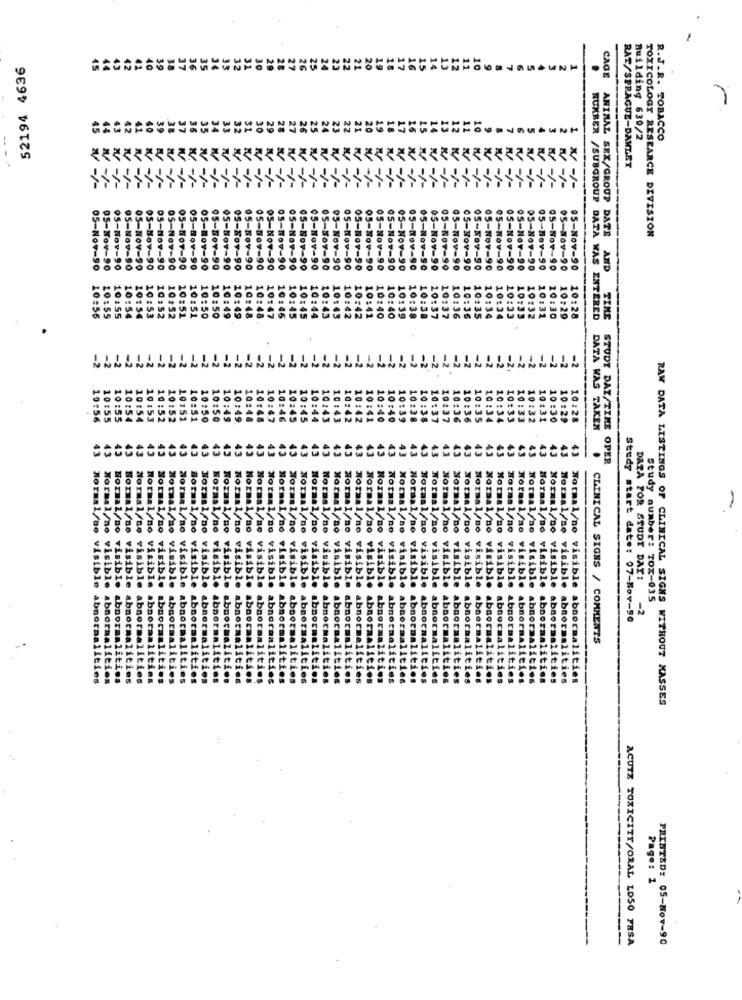
52194 4636
UNH
CAGE
Building 630/2
R.J.R. TOBACCO
RAT/SPRAGUE-DANLET
05-
05-NOV
05-KO
05-50
05-NO
ANIMAL SEX/GROUP DATE
TOXICOLOGY RESEARCH DIVISION
OS-NOT
05-Nov-90
05-Nov-90
05-Nov-90
05-Nov-90
05-Nov-90
05-Nov-90
05-Nov-90
05-Nov-90
05-Nov-90
05-Nov-90
AND
10:
:37
10:36
10:36
10:35
05-Nov-90 10:34
10:34
10:33
10:33
10:32
10:31
10:30
10:28
NUMBER /SUBGROUP DATA WAS ENTERED
TIME
-2
-2
-2
-2
-2
-2
-2.
-2
-2
-2
-2 -
20:54
10:54
10:53
0 :52
10:51
10:51
0:50
10:50
10:49
10:48
10:48
10:47
10:46
10:45
10:44
10:43
10:43
10:41
10:40
10:39
10:38
10:37
10:36
10:33
10:31
10:30
10:29
10:28
10:52
10:49
10:45
10:42
10:42
10:40
10:38
10:37
10:36
10:35
10:34
10:34
10:33
10:32
DATA WAS TAKEN
43
13
43
43
43
43
43
43
43
43
43
43
43
43
43
43
43
43
43
43
43
43
43
43
43
43
43
43
43
43
43
43
43
43
43
43
43
43
43
43
STUDY DAY/TIME OPER
Normal/no
Normal/no
Normal/no
Normal/no
Normal/no
Normal/no
Normal//no
Normal/no
Normal/no
Normal/no
Normal/no
Normal/no
Normal/no
Normal/no
Normal/no
Normal/no
Normal/no
Noras1/no
Normal no
Normal/no
Normal/no
Normal/no
Normal/no
Normal/no
Normal/no
Normal/no
Normal /no
Normal/no
Normal//no
Normal/no
V
Normal/no
Normal/no
Normal/no vi
Normal/no vi
riste
Normal/no visib
FisİŞ
visibl
Normal/no visibl
visible
visible
DATA FOR STUDY DAY!
Normal/no visible
Normal/no visible
Normal/no visible
visible
Normal/no visible
abn
abn
-2
Study number: TOX-035
abno
abno
abne
abno
abne
abno
abno
abno
abno
abno
abne
abno
abno
Study start date: 07-Nov-90
ible abnor
abnor
Normal/no visible abnor
abnor
abnor
abnorma
abnorma
isible abnorma
CLINICAL SIGNS / COMMENTS
abnormali
abnormaliti.
visible abnormaliti
abnormalitis
visible abnormaliti
visible abnormaliti
coalitie
rmaliti
visible abnormaliti
abnormalitie
abnormalitie
Normal/no visible abnormalities
RAW DATA LISTINGS OF CLINICAL SIGNS WITHOUT MASSES
Page: 1
---
ACUTE TOXICITY/ORAL LDSO PHSA
PRINTED: 05-Nov-90